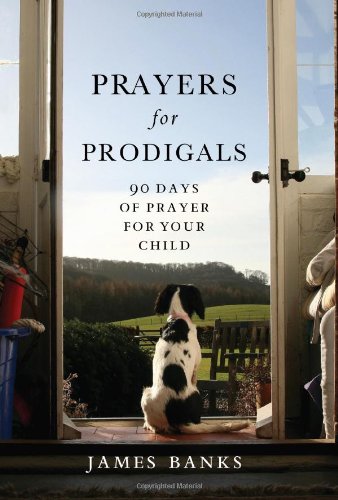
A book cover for Prayers for Prodigals: 90 Days of Prayer for Your Child; Dr. James Banks; Christian Books & Bibles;